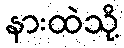
နားထဲသို့